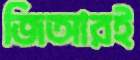
জিআরই